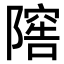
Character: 𨻴